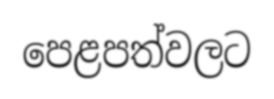
පෙළපත්වලට